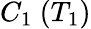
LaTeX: C_{1}~(T_{1})